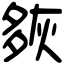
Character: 㷇